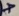
Text: +